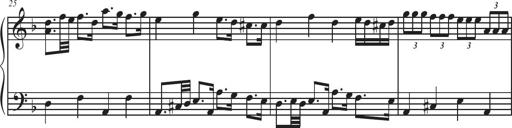
Title: Sonatina Espania
Composer: Jerald Franklin Archer
Key: Various